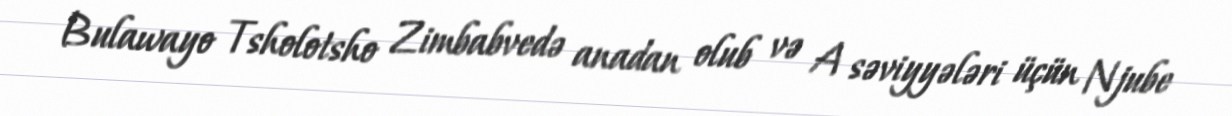
Bulawayo Tsholotsho Zimbabvedə anadan olub və A səviyyələri üçün Njube